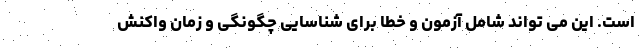
است. این می تواند شامل آزمون و خطا برای شناسایی چگونگی و زمان واکنش